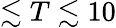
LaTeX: \lesssim T\lesssim 10